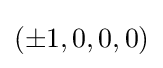
(\pm 1,0,0,0)